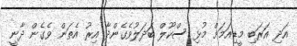
އަދި އަރަބި މީޑިއަމަށް މުޅި ސްކޫލް ބަދަލުވެގެންދާ އިރު އެތަން ވެގެން ދާނީ